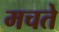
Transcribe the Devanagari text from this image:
मचते